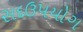
સદઉપયોગ